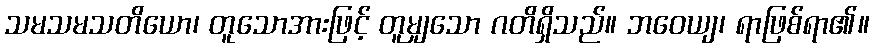
သမသမသတိယော၊ တူသောအားဖြင့် တူမျှသော ဂတိရှိသည်။ ဘဝေယျ၊ ရာဖြစ်ရာ၏။